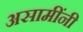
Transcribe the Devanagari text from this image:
असामींनी